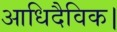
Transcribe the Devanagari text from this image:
आधिदैविक।